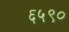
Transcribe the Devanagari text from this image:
६५९०